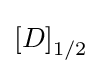
\left[D\right]_{1/2}